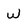
Character: W